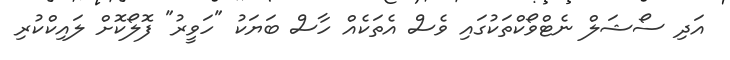
އަދި ސޯޝަލް ނެޓްވޯކްތަކުގައި ވެސް އެތަކެއް ހާސް ބަޔަކު "ހަވީރު" ފޮލޯކޮށް ލައިކްކުރި